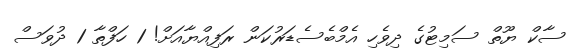
ސާކް ޔޫތް ސަމިޓުގެ ދިވެހި އެމްބެސެޑަރުކަން ރަފިއްޔާއަށް! 1 ހަފްތާ 1 ދުވަސް